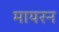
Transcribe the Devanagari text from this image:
मायरन